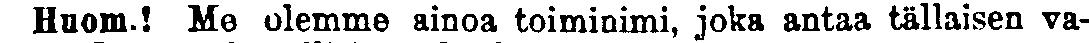
Huom ! Me olemme ainoa toiminimi, joka antaa tällaisen va-